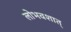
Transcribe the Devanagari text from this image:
लोभवशात्